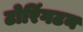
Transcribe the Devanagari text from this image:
टोरिंगटन